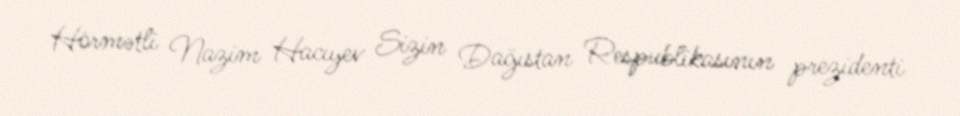
Hörmətli Nazim Hacıyev Sizin Dağıstan Respublikasının prezidenti